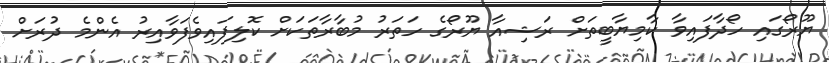
ޔޫރޯގައި ހޯދާފައިވާ ކާމިޔާބީތަށް ރަޝިއާ ޔޫރޯގެ ހަތަރު މުބާރާތަކަށް ކޮލިފައިވެފަވާއިރު އެންމެ ދުރަށް